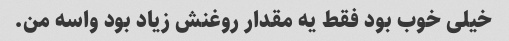
خیلی خوب بود فقط یه مقدار روغنش زیاد بود واسه من.